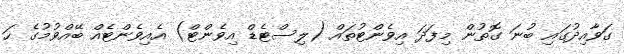
ގަވާއިދުގައި ބުނަ ގޮތުން މިފަދަ އިވެންޓުތައް (ލިސްޓެޑް އިވެންޓް) އެއިވެންޓެއް ބޭއްވުމުގެ ހަ